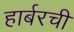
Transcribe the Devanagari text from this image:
हार्बरची